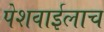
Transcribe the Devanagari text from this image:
पेशवाईलाच